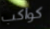
كواكب